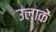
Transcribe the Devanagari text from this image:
उलाकें